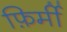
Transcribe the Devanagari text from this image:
फ़िर्मी